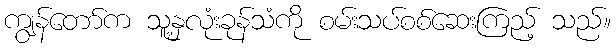
ကျွန်တော်က သူ့နှလုံးခုန်သံကို စမ်းသပ်စစ်ဆေးကြည့် သည်။